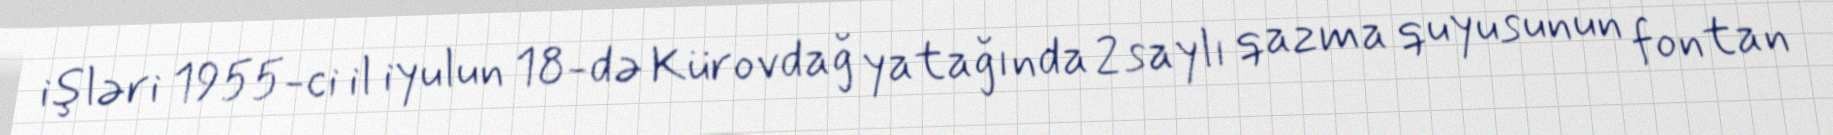
işləri 1955-ci il iyulun 18-də Kürovdağ yatağında 2 saylı qazma quyusunun fontan